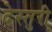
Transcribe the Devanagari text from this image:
देस्तुरी